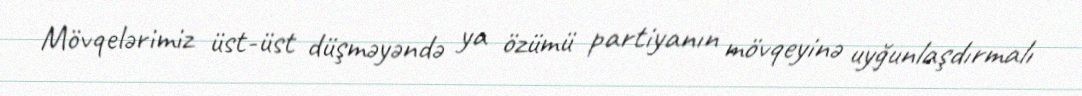
Mövqelərimiz üst-üst düşməyəndə ya özümü partiyanın mövqeyinə uyğunlaşdırmalı